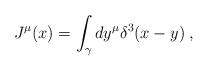
LaTeX: \begin{align*}J^{\mu }(x)=\int_{\gamma }dy^{\mu }\delta ^{3}(x-y)\;, \end{align*}